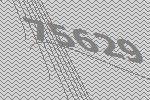
75629